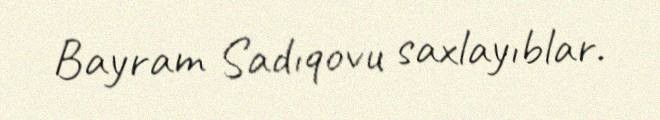
Bayram Sadıqovu saxlayıblar.